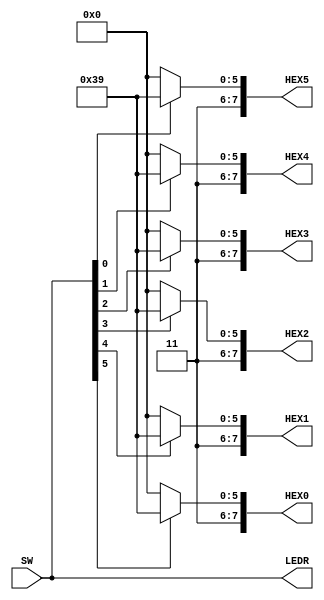
module TopLevel (
    SW,
    LEDR,
    HEX0, HEX1, HEX2, HEX3, HEX4, HEX5
);
    
    input [0:5] SW;
    output [0:5] LEDR;
    output [0:7] HEX0, HEX1, HEX2, HEX3, HEX4, HEX5;

    function automatic [0:7] digit;
        input num;

        begin
            if(num == 0) digit = 8'b11000000;  // Display 0

            if(num == 1) digit = 8'b11111001;  // Display 1

        end
        
    endfunction

    assign LEDR = SW;  // This wires each of the six switches to a corresponding LED.
    assign HEX0 = digit(SW[0]);
    assign HEX1 = digit(SW[1]);
    assign HEX2 = digit(SW[2]);
    assign HEX3 = digit(SW[3]);
    assign HEX4 = digit(SW[4]);
    assign HEX5 = digit(SW[5]);

endmodule